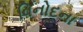
વિનોદના